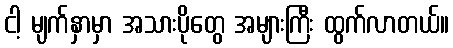
ငါ့ မျက်နှာမှာ အသားပိုတွေ အများကြီး ထွက်လာတယ်။